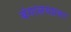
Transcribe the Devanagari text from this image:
बंगालयप्रवर